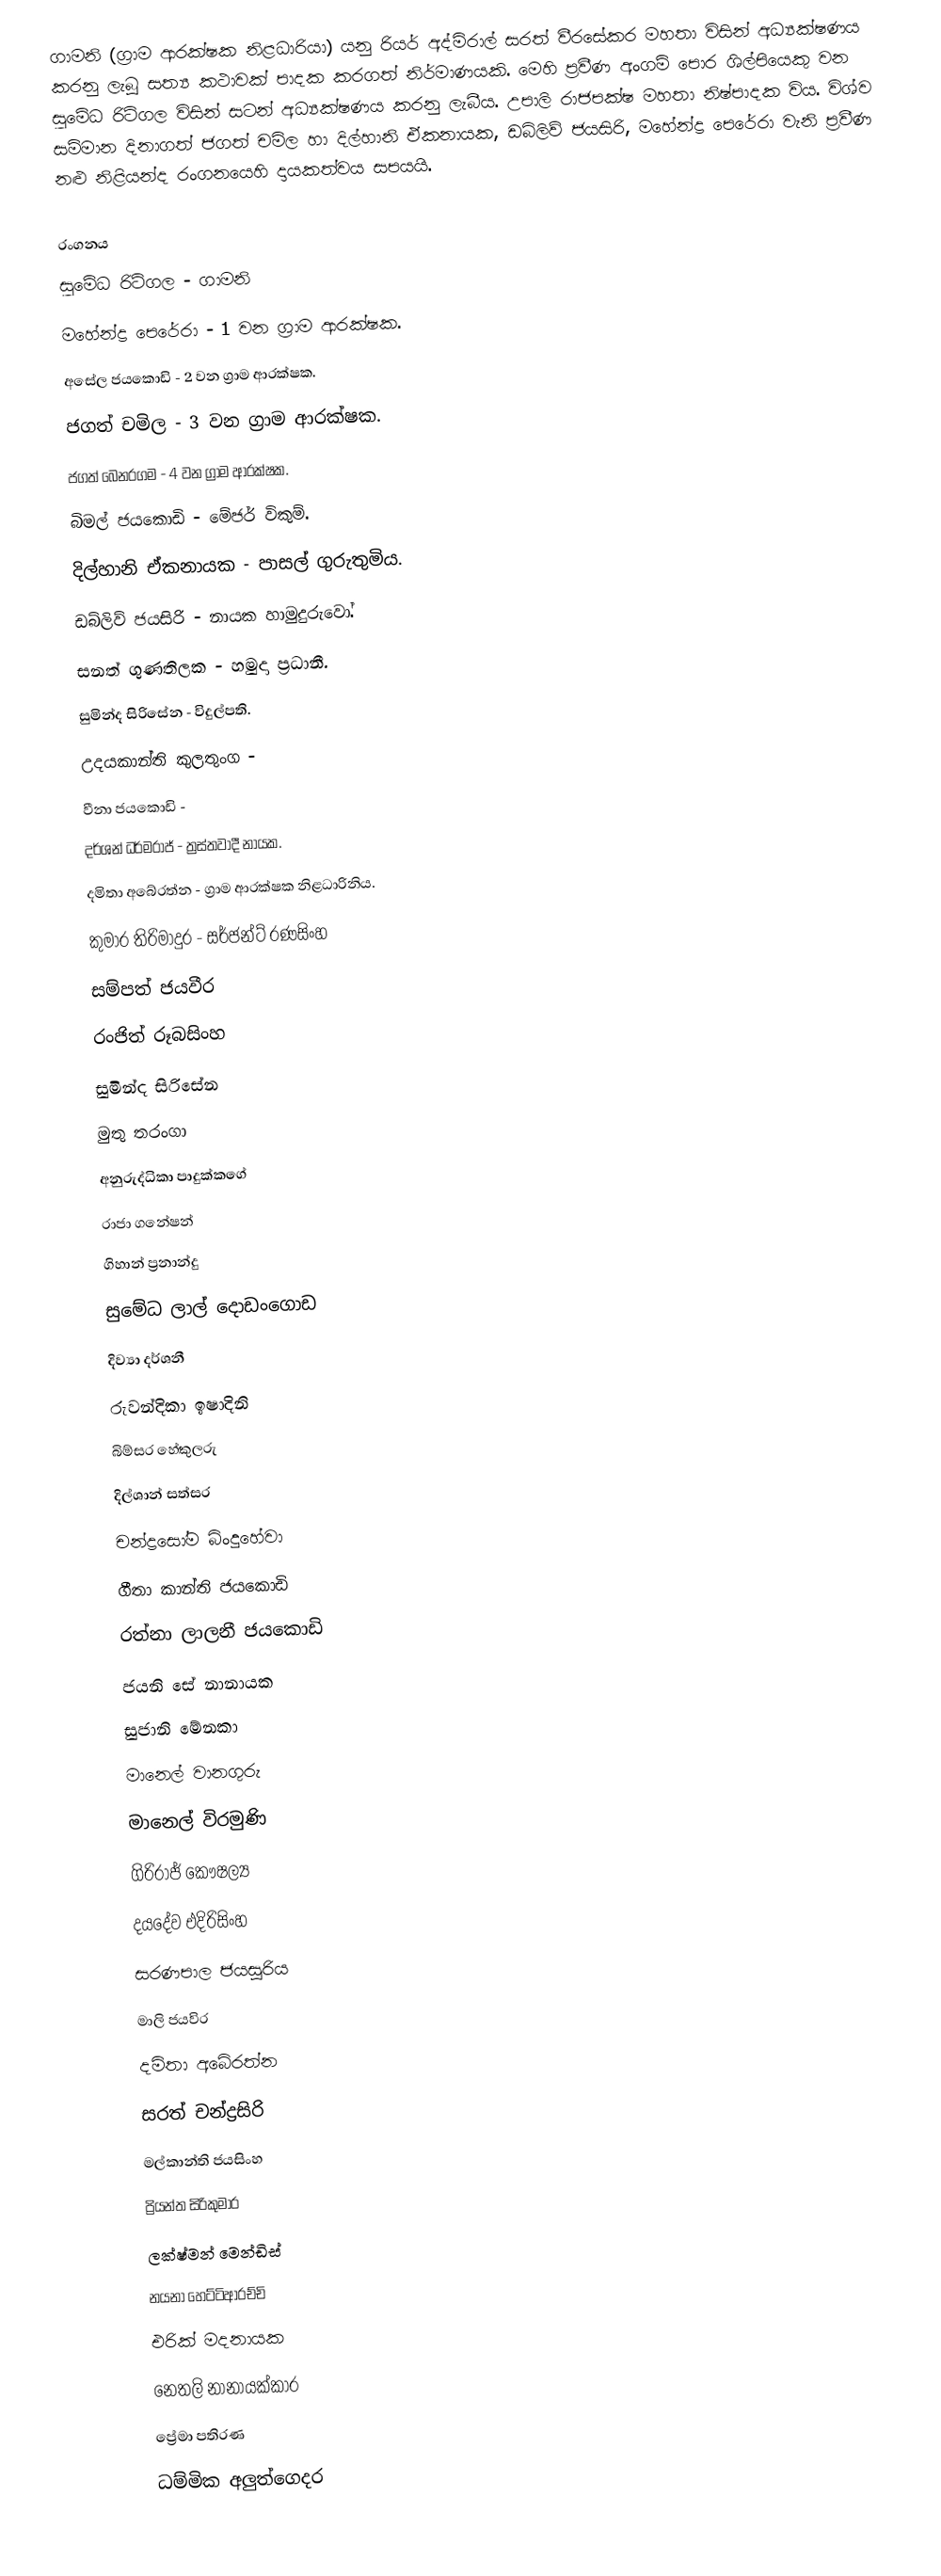
ගාමනි (ග්‍රාම ආරක්ෂක නිළධාරියා) යනු රියර් අද්මිරාල් සරත් වීරසේකර මහතා විසින් අධ්‍යක්ෂණය කරනු ලැබූ සත්‍ය කථාවක් පාදක කරගත් නිර්මාණයකි. මෙහි ප්‍රවීණ අංගම් පොර ශිල්පියෙකු වන සුමේධ රිටිගල විසින් සටන් අධ්‍යක්ෂණය කරනු ලැබීය. උපාලි රාජපක්ෂ මහතා නිෂ්පාදක විය. විශ්ව සම්මාන දිනාගත් ජගත් චමිල හා දිල්හානි ඒකනායක, ඩබ්ලිව් ජයසිරි, මහේන්ද්‍ර පෙරේරා වැනි ප්‍රවීණ නළු නිළියන්ද රංගනයෙහි දායකත්වය සපයයි.

රංගනය
 සුමේධ රිටිගල - ගාමනි
 මහේන්ද්‍ර පෙරේරා - 1 වන ග්‍රාම ආරක්ෂක.
 අසේල ජයකොඩි - 2 වන ග්‍රාම ආරක්ෂක.
 ජගත් චමිල - 3 වන ග්‍රාම ආරක්ෂක.
 ජගත් බෙනරගම - 4 වන ග්‍රාම ආරක්ෂක.
 බිමල් ජයකොඩි - මේජර් විකුම්.
 දිල්හානි ඒකනායක - පාසල් ගුරුතුමිය.
 ඩබ්ලිව් ජයසිරි - නායක හාමුදුරුවෝ.
 සනත් ගුණතිලක - හමුදා ප්‍රධානී.
 සුමින්ද සිරිසේන - විදුල්පති.
 උදයකාන්ති කුලතුංග -
 වීනා ජයකොඩි -
 දර්ශන් ධර්මරාජ් - ත්‍රස්තවාදී නායක.
 දමිතා අබේරත්න - ග්‍රාම ආරක්ෂක නිළධාරිනිය.
 කුමාර තිරිමාදුර - සර්ජන්ට් රණසිංහ
 සම්පත් ජයවීර
 රංජිත් රූබසිංහ
 සුමින්ද සිරිසේන
 මුතු තරංගා
 අනුරුද්ධිකා පාදුක්කගේ
 රාජා ගනේෂන්
 ගිහාන් ප්‍රනාන්දු
 සුමේධ ලාල් දොඩංගොඩ
 දිව්‍යා දර්ශනී
 රුවන්දිකා ඉෂාදිනි
 බිම්සර හේකුලරු
 දිල්ශාන් සත්සර
 චන්ද්‍රසෝම බිංදුහේවා
 ගීතා කාන්ති ජයකොඩි
 රත්නා ලාලනී ජයකොඩි
 ජයනි සේ නානායක
 සුජානි මේනකා
 මානෙල් වානගුරු
 මානෙල් විරමුණි
 ගිරිරාජ් කෞෂල්‍ය
 දයදේව එදිරිසිංහ
 සරණපාල ජයසූරිය
 මාලි ජයවිර
 දමිතා අබේරත්න
 සරත් චන්ද්‍රසිරි
 මල්කාන්ති ජයසිංහ
 ප්‍රියන්ත සිරිකුමාර
 ලක්ෂ්මන් මෙන්ඩිස්
 නයනා හෙට්ටිආරච්චි
 එරික් මදනායක
 නෙතලි නානායක්කාර
 ප්‍රේමා පතිරණ
 ධම්මික අලුත්ගෙදර